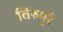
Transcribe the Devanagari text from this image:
तिरुमुरे